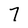
Character: 7